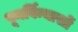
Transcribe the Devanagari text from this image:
पूनर्विन्यासों